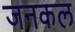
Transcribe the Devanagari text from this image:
जनकल